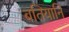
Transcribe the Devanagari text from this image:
बतियानि